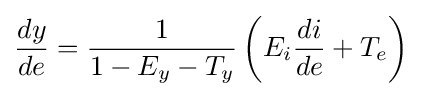
{\frac {dy}{de}}={\frac {1}{1-E_{y}-T_{y}}}\left(E_{i}{\frac {di}{de}}+T_{e}\right)\;